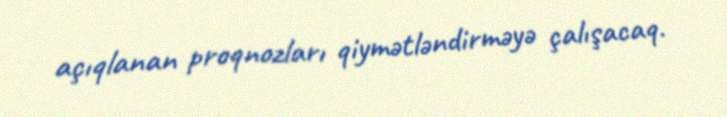
açıqlanan proqnozları qiymətləndirməyə çalışacaq.